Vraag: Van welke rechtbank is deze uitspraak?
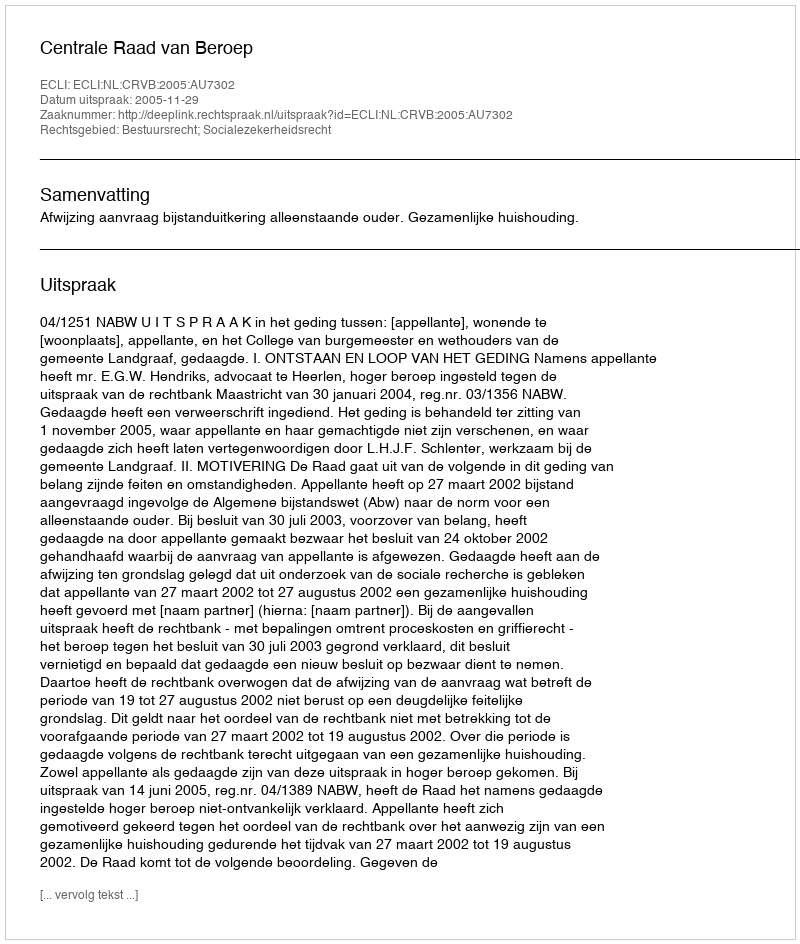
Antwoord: Centrale Raad van Beroep